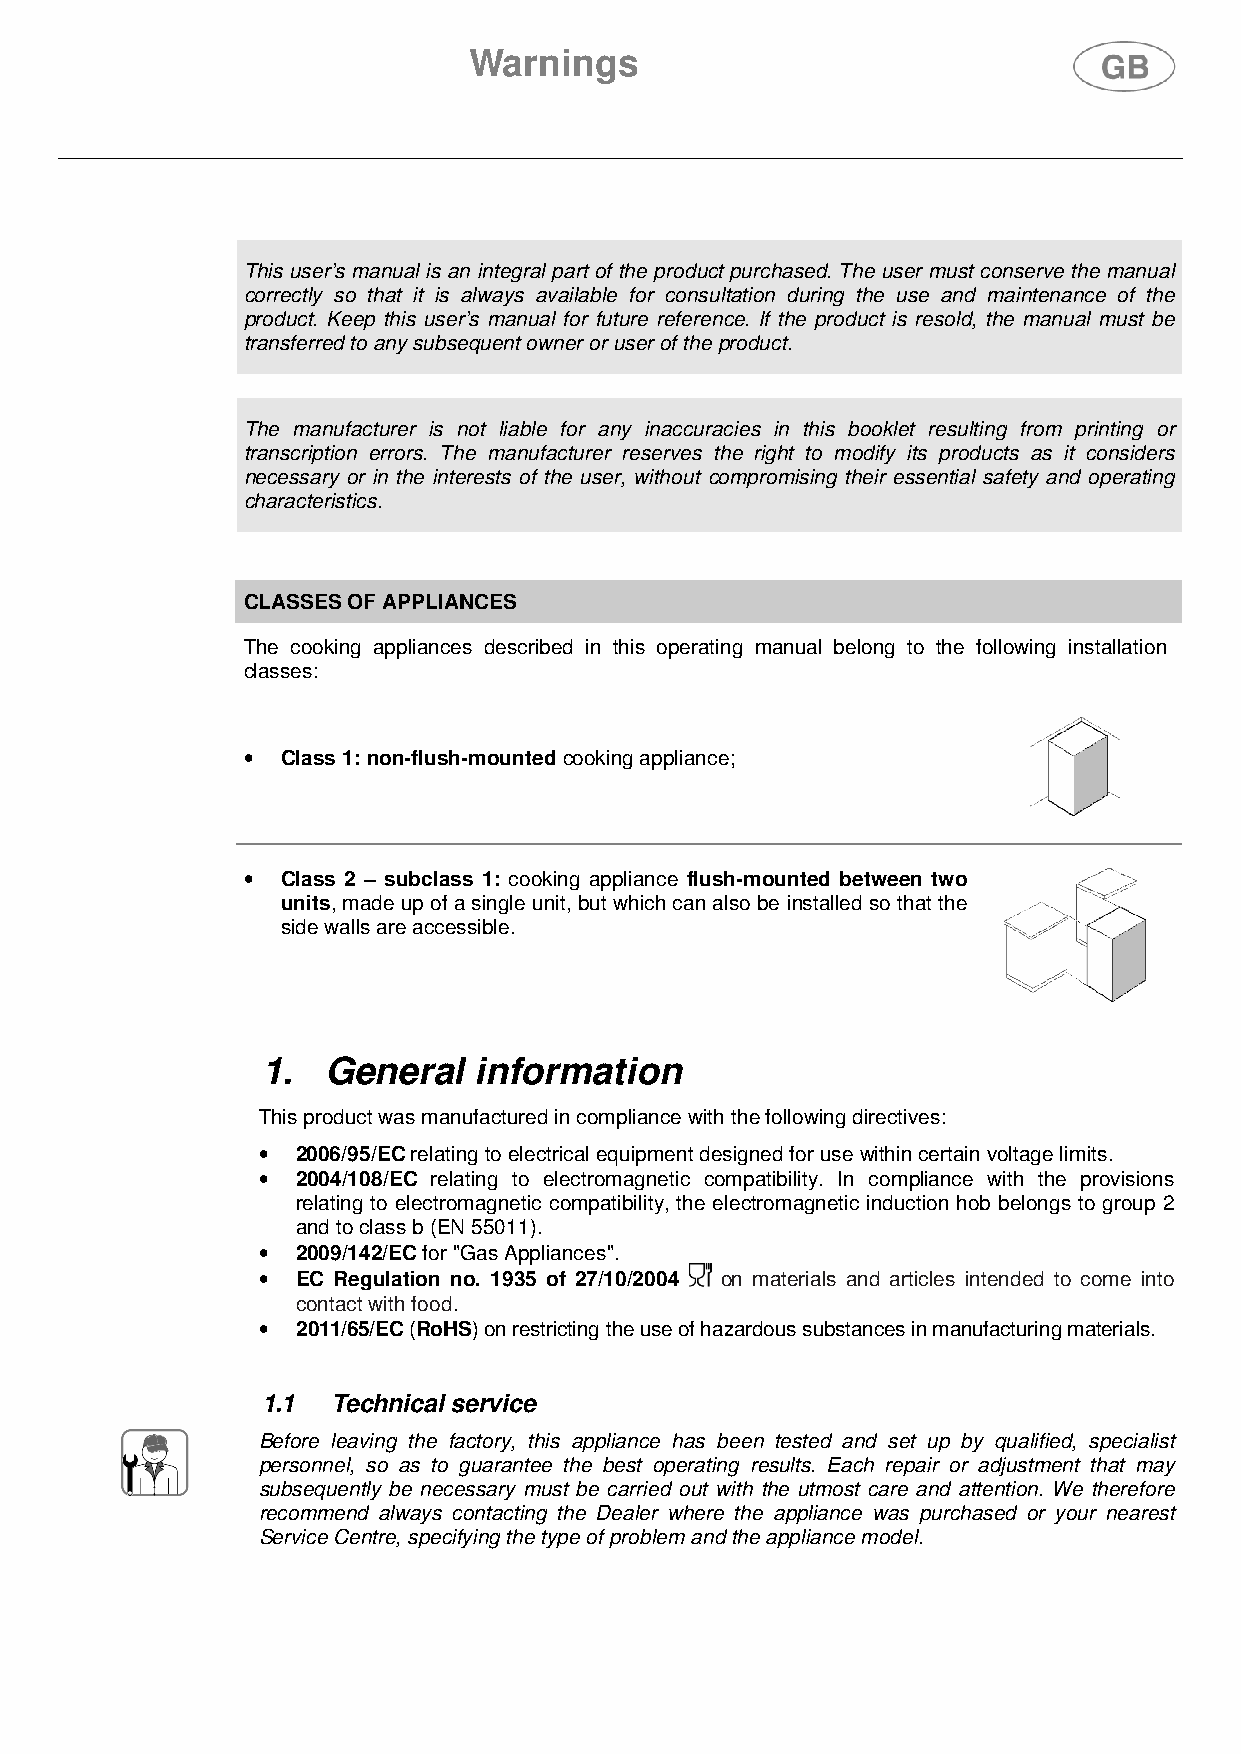
Warnings
 This user’s manual is an integral part of the product purchased. The user must conserve the manual
 correctly so that it is always available for consultation during the use and maintenance of the
 product. Keep this user’s manual for future reference. If the product is resold, the manual must be
 transferred to any subsequent owner or user of the product.
 The manufacturer is not liable for any inaccuracies in this booklet resulting from printing or
 transcription errors. The manufacturer reserves the right to modify its products as it considers
 necessary or in the interests of the user, without compromising their essential safety and operating
 characteristics.
 CLASSES OF APPLIANCES
 The cooking appliances described in this operating manual belong to the following installation
 classes:
 •  Class 1: non-flush-mounted cooking appliance;
 •  Class 2 – subclass 1: cooking appliance flush-mounted between two
 units, made up of a single unit, but which can also be installed so that the
 side walls are accessible.
 1.   General  information
 This product was manufactured in compliance with the following directives:
 •  2006/95/EC relating to electrical equipment designed for use within certain voltage limits.
 •  2004/108/EC relating to electromagnetic compatibility. In compliance with the provisions
 relating to electromagnetic compatibility, the electromagnetic induction hob belongs to group 2
 and to class b (EN 55011).
 •  2009/142/EC for "Gas Appliances".
 •  EC Regulation no. 1935 of 27/10/2004 on materials and articles intended to come into
 contact with food.
 •  2011/65/EC (RoHS) on restricting the use of hazardous substances in manufacturing materials.
 1.1  Technical service
 Before leaving the factory, this appliance has been tested and set up by qualified, specialist
 personnel, so as to guarantee the best operating results. Each repair or adjustment that may
 subsequently be necessary must be carried out with the utmost care and attention. We therefore
 recommend always contacting the Dealer where the appliance was purchased or your nearest
 Service Centre, specifying the type of problem and the appliance model.
 61